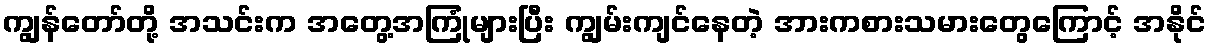
ကျွန်တော်တို့ အသင်းက အတွေ့အကြုံများပြီး ကျွမ်းကျင်နေတဲ့ အားကစားသမားတွေကြောင့် အနိုင်